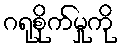
ဂရုစိုက်မှုကို